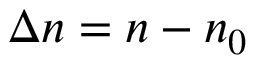
\Delta n = n - n _ { 0 }